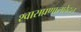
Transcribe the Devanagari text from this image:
श्वासप्रणालछेदन